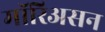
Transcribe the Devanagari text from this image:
मॉरिअसन